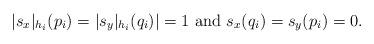
LaTeX: \begin{align*}|s_{x}|_{h_i}(p_i)=|s_{y}|_{h_i}(q_i)|=1~{\rm and}~ s_{x}(q_i)=s_{y}(p_i)=0.\end{align*}